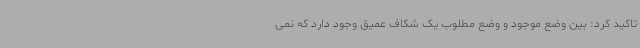
تاکید کرد: بین وضع موجود و وضع مطلوب یک شکاف عمیق وجود دارد که نمی